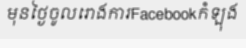
មុនថ្ងៃចូលរោងការFacebookកំឡុង